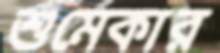
শুমেকার